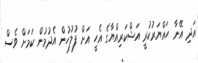
އަދި އޭނާ ހައްޔަރުކުރީ އަޝްކަރިއްޔާގެ އެހީ އަށް ފުލުހުން އެދުމުން ކަމަށް ވެސް